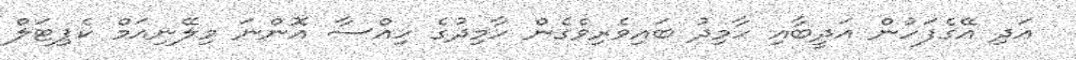
އަދި އޭގެފަހުން އަދީބާއި ހާމިދު ބައިވެރިވެގެން ހާމިދުގެ ހިއްސާ އޮންނަ މިލޭނިއަމް ކެޕިޓަލް